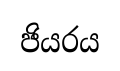
ජියරය